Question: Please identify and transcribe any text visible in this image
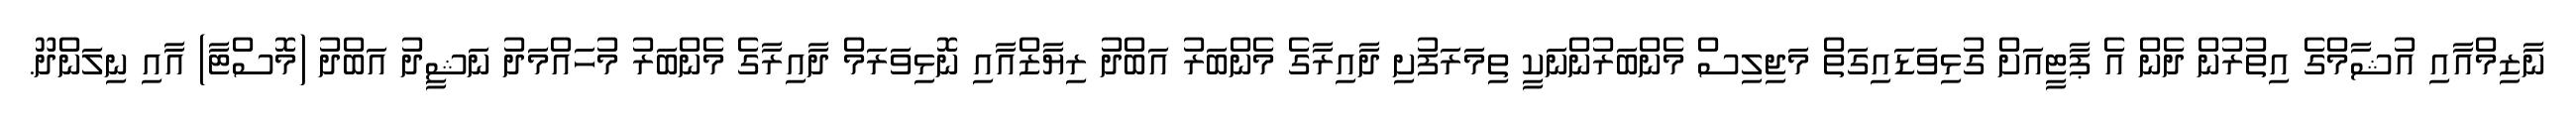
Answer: ނާޒިމްއާއި އުޝާމްގެ އިތުރުން ދެން އެ ޕާޓީއަށް ގުޅިވަޑައިގަތް މަޖިލިސް މެންބަރުންނަކީ ތިމަރަފުށި ދާއިރާގެ މެންބަރު އަބްދު ރިޔާޒްއާއި ނޮޅިވަރަމް ދާއިރާގެ މެންބަރު މުހައްމަދު ނަޝީދު އަބްދު (މޮސްޓާ) އާއި ނިލަންދޫ.